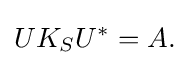
\displaystyle {UK_{S}U^{*}=A.}